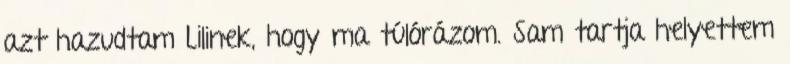
azt hazudtam Lilinek, hogy ma túlórázom. Sam tartja helyettem